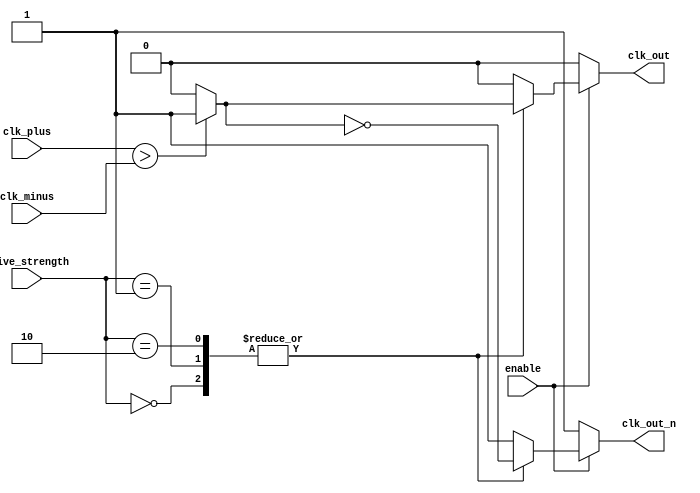
module differential_clock_buffer (
    input wire clk_plus,      // Differential clock input CLK+
    input wire clk_minus,     // Differential clock input CLK-
    input wire enable,        // Enable signal for the buffer
    input wire [1:0] drive_strength, // Programmable drive strength
    output reg clk_out,       // Single-ended output CLK_OUT
    output reg clk_out_n      // Complementary single-ended output CLK_OUT_N
);

    // Internal signals
    reg clk_diff;             // Differential clock signal
    reg clk_buf;              // Buffered clock signal

    // Parameter definitions for drive strength
    parameter DRIVE_LOW = 2'b00;
    parameter DRIVE_MED = 2'b01;
    parameter DRIVE_HIGH = 2'b10;

    // Input stage with hysteresis and common-mode feedback
    always @(*) begin
        if (clk_plus > clk_minus) begin
            clk_diff = 1'b1;
        end else begin
            clk_diff = 1'b0;
        end
    end

    // Amplification stage
    always @(*) begin
        // Include basic amplification logic (simplified for the example)
        clk_buf = clk_diff; // In a real design, this would include amplification logic
    end

    // Output stage with programmable drive strength
    always @(*) begin
        if (enable) begin
            case (drive_strength)
                DRIVE_LOW: begin
                    clk_out = clk_buf;        // Low drive strength
                    clk_out_n = ~clk_buf;
                end
                DRIVE_MED: begin
                    clk_out = clk_buf;        // Medium drive strength
                    clk_out_n = ~clk_buf;
                end
                DRIVE_HIGH: begin
                    clk_out = clk_buf;        // High drive strength
                    clk_out_n = ~clk_buf;
                end
                default: begin
                    clk_out = 1'b0;           // Default state
                    clk_out_n = 1'b1;
                end
            endcase
        end else begin
            clk_out = 1'b0;                // Outputs are tri-stated when disabled
            clk_out_n = 1'b1;
        end
    end

endmodule